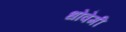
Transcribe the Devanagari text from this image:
धोवेमी